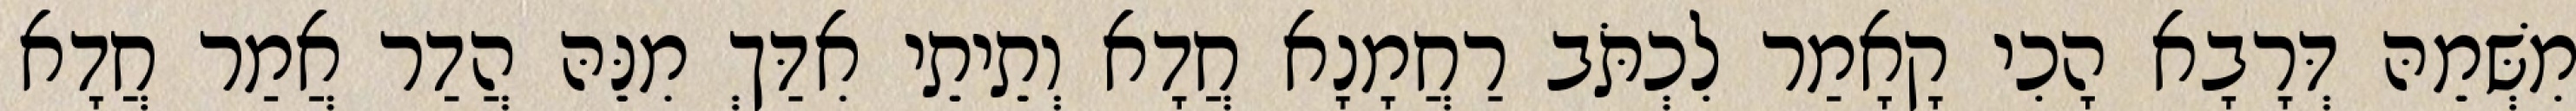
מִשְּׁמֵהּ דְּרָבָא הָכִי קָאָמַר לִכְתֹּב רַחֲמָנָא חֲדָא וְתֵיתֵי אִדַּךְ מִנֵּהּ הֲדַר אֲמַר חֲדָא